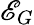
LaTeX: \mathscr{E}_{G}